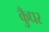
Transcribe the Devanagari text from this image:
कुँधर